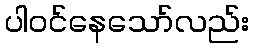
ပါဝင်နေသော်လည်း